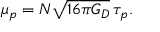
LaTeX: \mu _ { p } = N \sqrt { 1 6 \pi G _ { D } } \, \tau _ { p } .